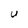
Character: U